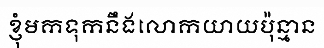
ខ្ញុំមកទុកនឹងលោកយាយប៉ុន្មាន